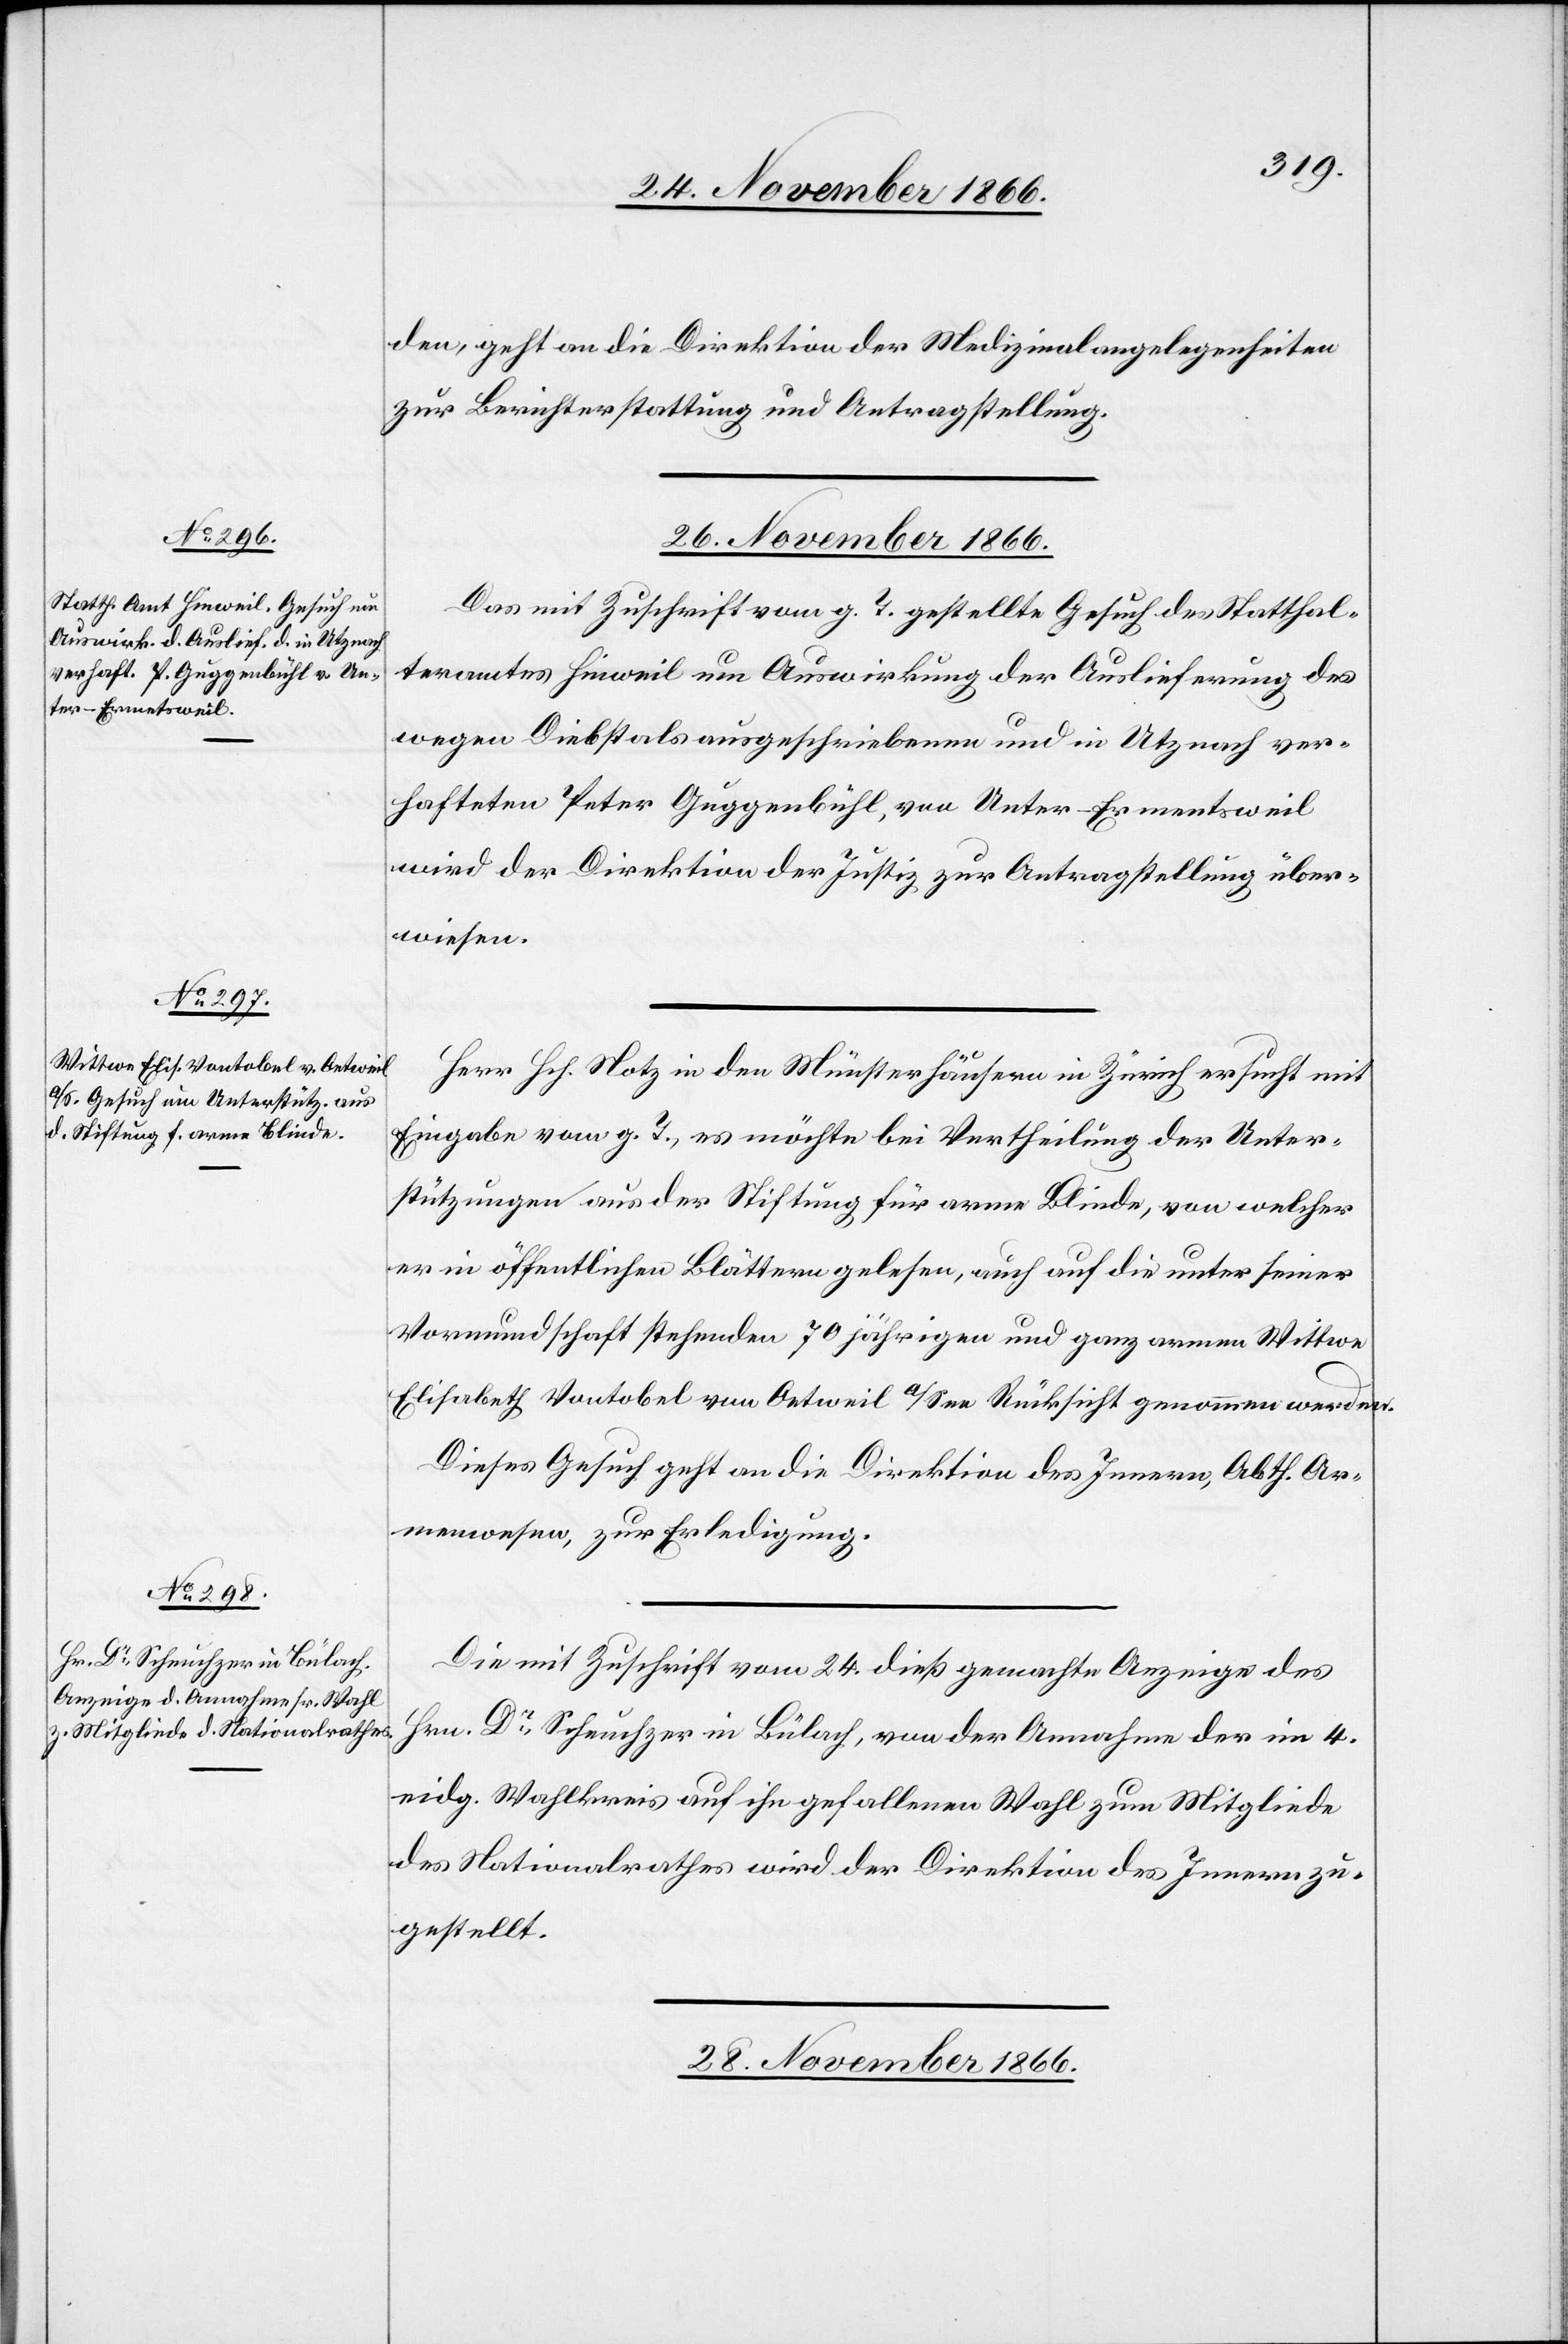
26. November 1866.]
den, geht an die Direktion der Medizinalangelegenheiten
zur Berichterstattung und Antragstellung.
Das mit Zuschrift vom g. T. gestellte Gesuch des Statthal¬
teramtes Hinweil um Auswirkung der Auslieferung des
wegen Diebstals ausgeschriebenen und in Utznach ver¬
hafteten Peter Guggenbühl, von Unter-Ermentsweil
wird der Direktion der Justiz zur Antragstellung über¬
wiesen.
Herr Hch. Notz in den Münsterhäusern in Zürich ersucht mit
Eingabe vom g. T., es möchte bei Vertheilung der Unter¬
stützungen aus der Stiftung für arme Blinde, von welcher
er in öffentlichen Blättern gelesen, auch auf die unter seiner
Vormundschaft stehenden 70 jährigen und ganz armen Wittwe
Elisabeth Vontobel von Oetweil a/See Rücksicht genommen werden.
Dieses Gesuch geht an die Direktion des Innern, Abth. Ar¬
menwesen, zur Erledigung.
Die mit Zuschrift vom 24. dieß gemachte Anzeige des
Hrn. Dr. Scheuchzer in Bülach, von der Annahme der im 4.
eidg. Wahlkreis auf ihn gefallenen Wahl zum Mitgliede
des Nationalrathes wird der Direktion des Innern zu¬
gestellt.
28. November 1866.